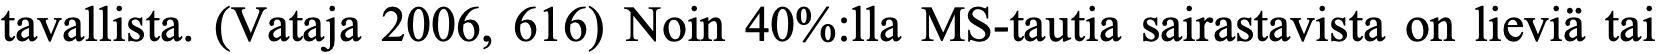
tavallista. (Vataja 2006, 616) Noin 40%:lla MS-tautia sairastavista on lieviä tai